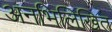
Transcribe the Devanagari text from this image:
अनभिलिखित